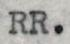
RR.